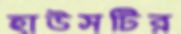
হাউসটির